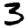
Digit: 3